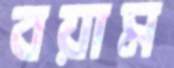
বয়াম